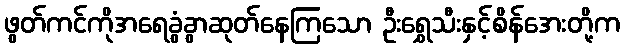
ဖွတ်ကင်ကိုအရေခွံခွာဆုတ်နေကြသော ဦးရွှေသီးနှင့်စိန်အေးတို့က